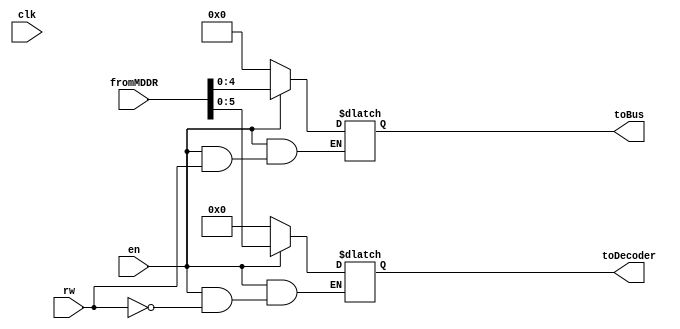
module regSelect(
    input clk,
    input en,
    input rw,
    input [7:0] fromMDDR,
    output reg [5:0] toDecoder,
    output reg [4:0] toBus

   );
always @(*)
    begin
    if (en==0)
        begin 
        toDecoder=0;
        toBus=0;
        end
    else 
       begin
        if(rw==0)toBus = fromMDDR[4:0];
        else toDecoder = fromMDDR[5:0];
       end
    end
endmodule